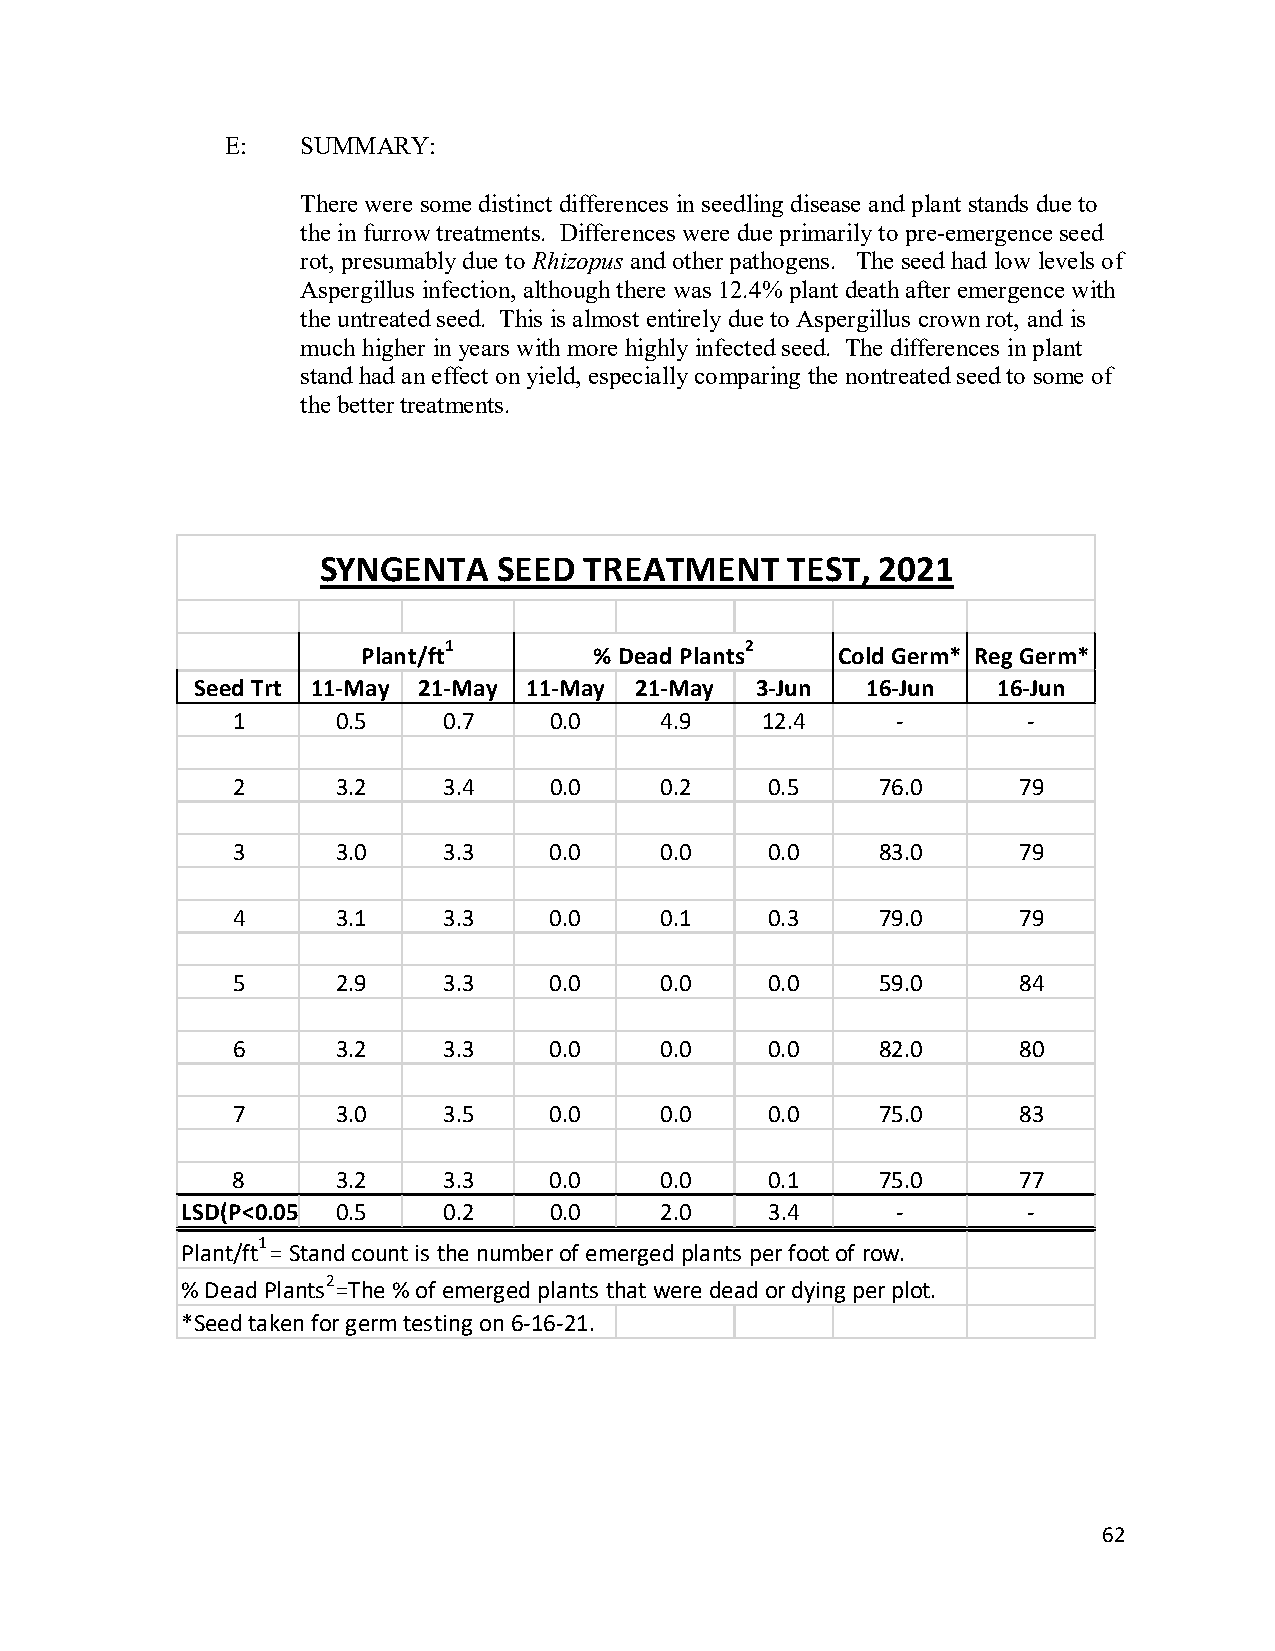
E:   SUMMARY:
 There were some distinct differences in seedling disease and plant stands due to
 the in furrow treatments. Differences were due primarily to pre-emergence seed
 rot, presumably due to Rhizopus and other pathogens. The seed had low levels of
 Aspergillus infection, although there was 12.4% plant death after emergence with
 the untreated seed. This is almost entirely due to Aspergillus crown rot, and is
 much higher in years with more highly infected seed. The differences in plant
 stand had an effect on yield, especially comparing the nontreated seed to some of
 the better treatments.
 SYNGENTA    SEED  TREATMENT    TEST, 2021
 1                   2
 Plant/ft       % Dead Plants    Cold Germ* Reg Germ*
 Seed Trt 11-May 21-May 11-May 21-May 3-Jun  16-Jun   16-Jun
 1      0.5    0.7    0.0     4.9   12.4     -        -
 2      3.2    3.4    0.0     0.2    0.5    76.0     79
 3      3.0    3.3    0.0     0.0    0.0    83.0     79
 4      3.1    3.3    0.0     0.1    0.3    79.0     79
 5      2.9    3.3    0.0     0.0    0.0    59.0     84
 6      3.2    3.3    0.0     0.0    0.0    82.0     80
 7      3.0    3.5    0.0     0.0    0.0    75.0     83
 8      3.2    3.3    0.0     0.0    0.1    75.0     77
 LSD(P<0.05 0.5   0.2    0.0     2.0    3.4     -        -
 1
 Plant/ft = Stand count is the number of emerged plants per foot of row.
 2
 % Dead Plants =The % of emerged plants that were dead or dying per plot.
 *Seed taken for germ testing on 6-16-21.
 62